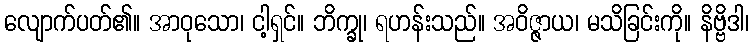
လျောက်ပတ်၏။ အာဝုသော၊ ငါ့ရှင်။ ဘိက္ခု၊ ရဟန်းသည်။ အဝိဇ္ဇာယ၊ မသိခြင်းကို။ နိဗ္ဗိဒါ၊